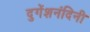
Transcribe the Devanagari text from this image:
दुगेंशनंदिनी